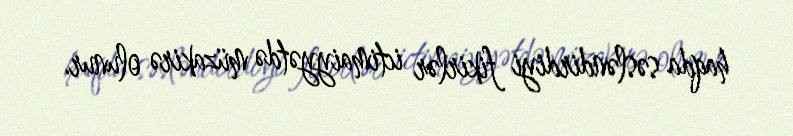
haqda səsləndirdiyi fikirlər ictimaiyyətdə müzakirə olunur.